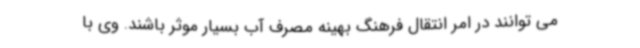
می توانند در امر انتقال فرهنگ بهینه مصرف آب بسیار موثر باشند. وی با